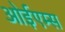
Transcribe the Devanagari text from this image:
ओईएम्स